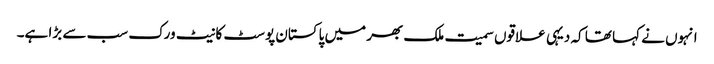
انہوں نے کہا تھا کہ دیہی علاقوں سمیت ملک بھر میں پاکستان پوسٹ کا نیٹ ورک سب سے بڑا ہے۔